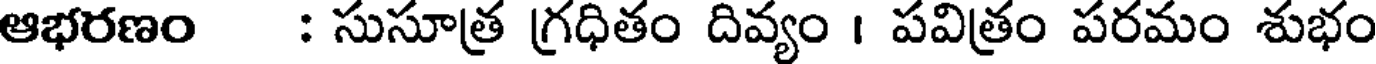
ఆభరణం : సుసూత్ర గ్రధితం దివ్యం । పవిత్రం పరమం శుభం